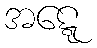
အဋ္ဋေ